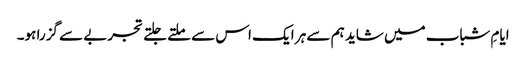
ایامِ شباب میں شاید ہم سے ہر ایک اس سے ملتے جلتے تجربے سے گزرا ہو۔